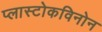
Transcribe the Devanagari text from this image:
प्लास्टोकविनोन